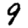
Digit: 9